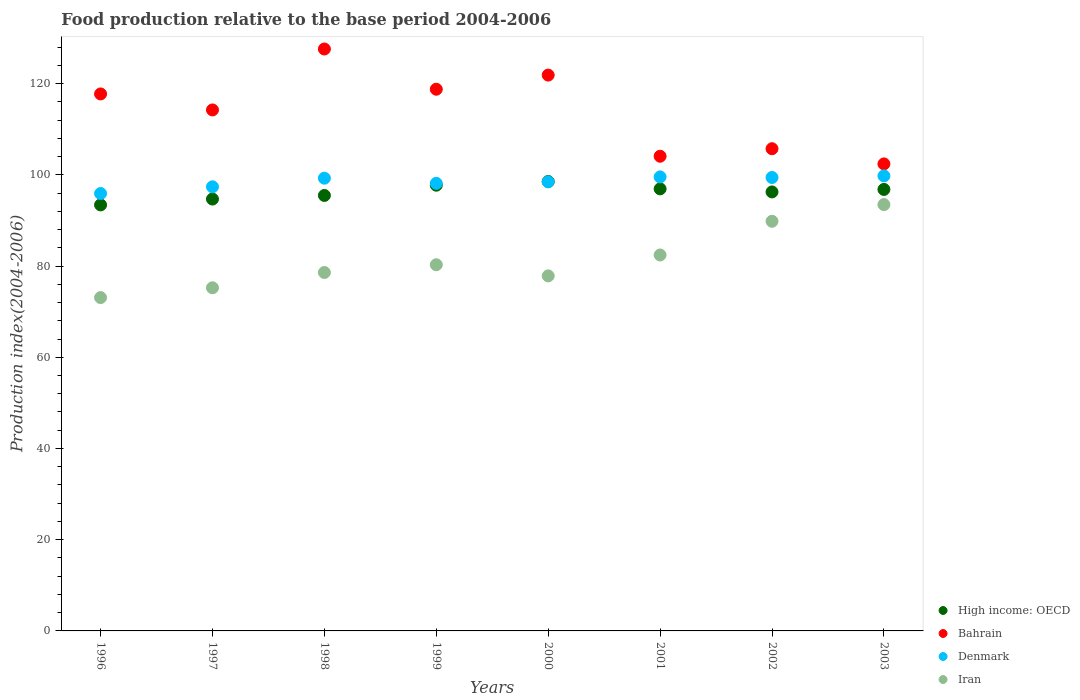
| Years | High income: OECD | Bahrain | Denmark | Iran |
 | --- | --- | --- | --- | --- |
 | 1996 | 93.4 | 118 | 95.9 | 73.1 |
 | 1997 | 94.7 | 114 | 97.4 | 75.2 |
 | 1998 | 95.5 | 128 | 99.3 | 78.6 |
 | 1999 | 97.7 | 119 | 98.1 | 80.3 |
 | 2000 | 98.5 | 122 | 98.5 | 77.8 |
 | 2001 | 96.9 | 104 | 99.5 | 82.4 |
 | 2002 | 96.2 | 106 | 99.4 | 89.8 |
 | 2003 | 96.8 | 102 | 99.8 | 93.5 |